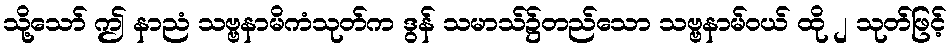
သို့သော် ဤ နာညံ သဗ္ဗနာမိကံသုတ်က ဒွန် သမာသ်၌တည်သော သဗ္ဗနာမ်ဝယ် ထို ၂ သုတ်ဖြင့်